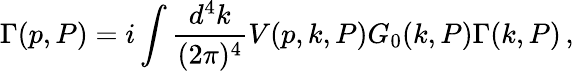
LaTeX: \Gamma(p,P)=i\int\frac{d^{4}k}{(2\pi)^{4}}V(p,k,P)G_{0}(k,P)\Gamma(k,P)\, ,